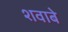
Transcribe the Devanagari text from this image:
शवाबे